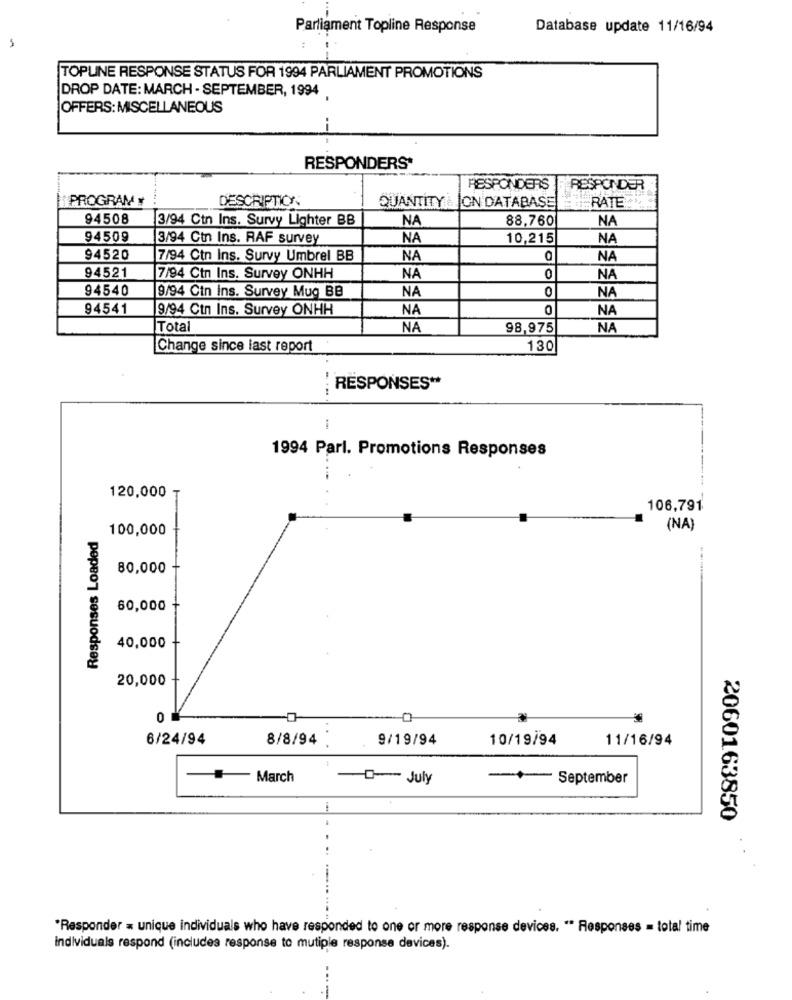
Parliament Topline Response
Database update 11/16/94
TOPLINE RESPONSE STATUS FOR 1994 PARLIAMENT PROMOTIONS
DROP DATE: MARCH - SEPTEMBER, 1994
OFFERS: MISCELLANEOUS
RESPONDERS*
RESPONDERS
RESPONDER
PROGRAM *
DESCRIPTION
JON DATABASE
RATE
QUANTITY
94508
3/94 Ctn Ins. Survy Lighter BB
NA
88,760
NA
94509
3/94 Ctn Ins. RAF survey
NA
10,215
NA
94520
7/94 Ctn Ins. Survy Umbrel BB
NA
O
NA
94521
7/94 Ctn Ins. Survey ONHH
NA
0
NA
94540
9/94 Ctn Ins. Survey Mug BB
NA
0
NA
94541
9/94 Ctn Ins. Survey ONHH
NA
NA
Total
NA
98,975
NA
Change since last report
130
....
RESPONSES **
1994 Parl. Promotions Responses
120,000
106,791
Responses Loaded
100,000
(NA)
80,000
60,000
40,000
20,000
0
..
6/24/94
8/8/94
9/19/94
10/19/94
11/16/94
- March
0- July
- September
2060163850
"Responder = unique individuals who have responded to one or more response devices. " Responses = total time
individuals respond (includes response to mutiple response devices).
----